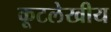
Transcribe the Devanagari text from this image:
कूटलेखीय